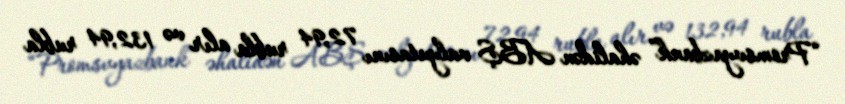
“Promsvyazbank” əhalidən ABŞ valyutasını 72,94 rubla alır və 132,94 rubla